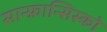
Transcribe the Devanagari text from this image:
सान्फ्रान्सिस्को